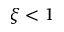
\xi < 1